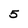
Character: 5